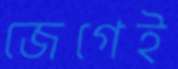
জেগেই